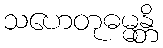
သဟေတုဓမ္မန္တိ